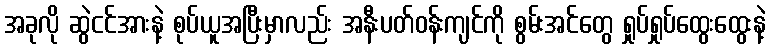
အခုလို ဆွဲငင်အားနဲ့ စုပ်ယူအပြီးမှာလည်း အနီးပတ်ဝန်းကျင်ကို စွမ်းအင်တွေ ရှုပ်ရှုပ်ထွေးထွေးနဲ့